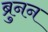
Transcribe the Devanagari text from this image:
ब्रुनन